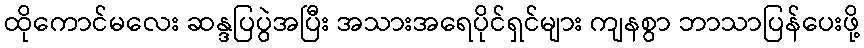
ထိုကောင်မလေး ဆန္ဒပြပွဲအပြီး အသားအရေပိုင်ရှင်များ ကျနစွာ ဘာသာပြန်ပေးဖို့